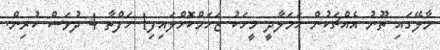
މާލޭގައި ތޫނު އެއްޗަކުން ހަމަލާދީ މީހަކު ޒަހަމްކޮށްލައިފި1 ހަފްތާ 4 ދުވަސް ކުރިން.